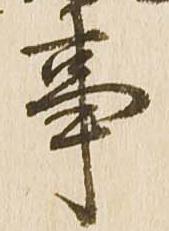
事